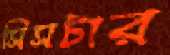
সিসটার